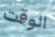
الوقت